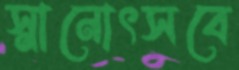
স্নানোৎসবে